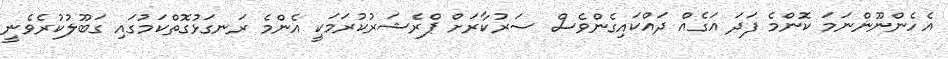
އެހެންނޫންނަމަ ކޮންމެ ފަދަ އަގެއް ދައްކައިގެންވެސް ސަރުކާރަށް ޕްރެޝަރުކުރަމަކީ އެންމެ ރަނގަޅުގޮތްކަމުގައި ގަބޫލުކުރެވެނީ